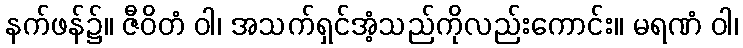
နက်ဖန်၌။ ဇီဝိတံ ဝါ၊ အသက်ရှင်အံ့သည်ကိုလည်းကောင်း။ မရဏံ ဝါ၊